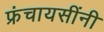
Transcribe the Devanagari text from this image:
फ्रंचायसींनी